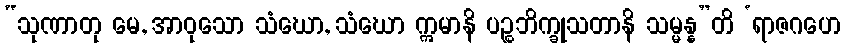
“သုဏာတု မေ, အာဝုသော သံဃော, သံဃော ဣမာနိ ပဉ္စဘိက္ခုသတာနိ သမ္မန္န”တိ ‘ရာဇဂဟေ